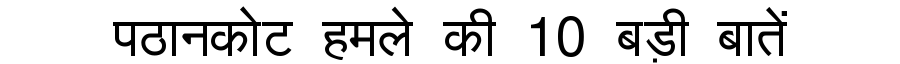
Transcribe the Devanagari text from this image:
पठानकोट हमले की 10 बड़ी बातें